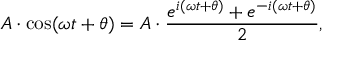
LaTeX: A \cdot \cos ( \omega t + \theta ) = A \cdot { \frac { e ^ { i ( \omega t + \theta ) } + e ^ { - i ( \omega t + \theta ) } } { 2 } } ,